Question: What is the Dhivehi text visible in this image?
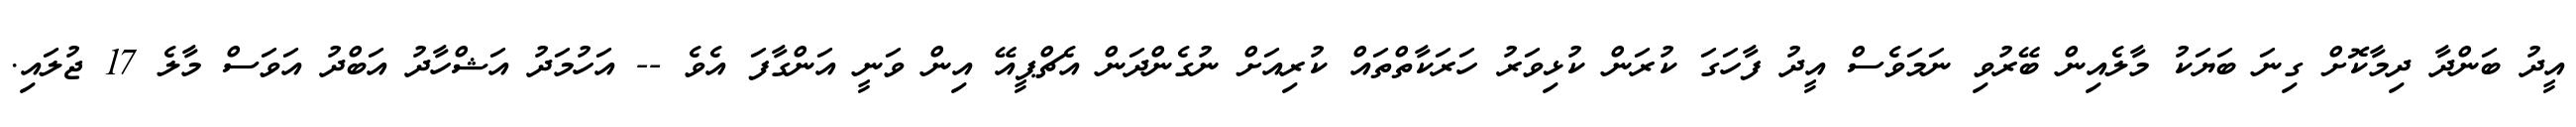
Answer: އީދު ބަންދާ ދިމާކޮށް ގިނަ ބަޔަކު މާލެއިން ބޭރުވި ނަމަވެސް އީދު ފާހަގަ ކުރަން ކުޅިވަރު ހަރަކާތްތައް ކުރިއަށް ނުގެންދަން އެޗްޕީއޭ އިން ވަނީ އަންގާފަ އެވެ -- އަހުމަދު އަޝްހާދު އަބްދު އަވަސް މާލެ 17 ޖުލައި.